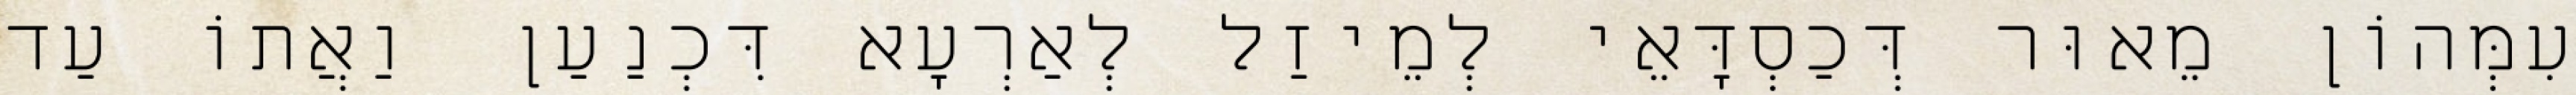
עִמְּהוֹן מֵאוּר דְּכַסְדָּאֵי לְמֵיזַל לְאַרְעָא דִּכְנַעַן וַאֲתוֹ עַד